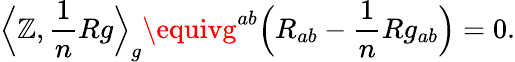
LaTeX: {\Big\langle}\mathbb{Z},{\frac{{1}}{{n}}}Rg{\Big\rangle}_{g}\equivg^{ab}{\Big(}R_{ab}-{\frac{{1}}{{n}}}Rg_{ab}{\Big)}=0.